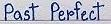
Past Perfect